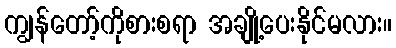
ကျွန်တော့်ကိုစားစရာ အချို့ပေးနိုင်မလား။